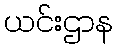
ယင်းဌာန